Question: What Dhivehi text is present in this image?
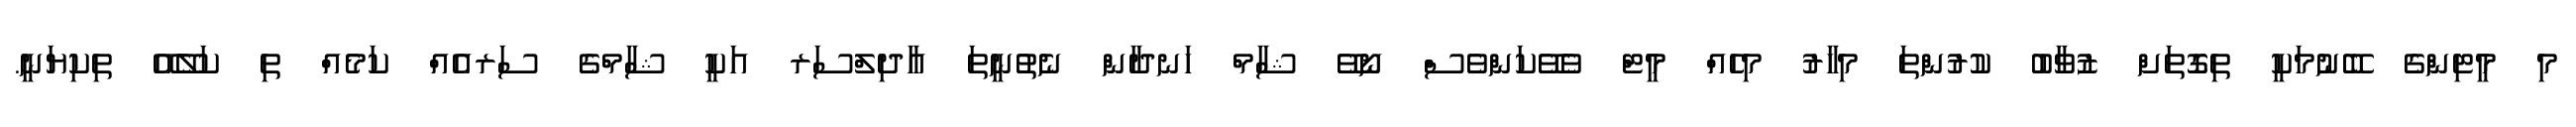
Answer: މި މީޓިންގެ ބޭނުމަކީ ތިގޮތަށް ޒުވާބު ކުރުންތަ މިހާރު މިހެއް މީޓް ވެވޭކަންވެސް ނޯވޭ ޝާމް ހަނދާން ނެތުނީތަ އާދިލްސަރ އަކީ ޝާމްގެ ސަރއެއް ކަމެއް ތި ކަލޭއޭ ތިކިޔަނީ.